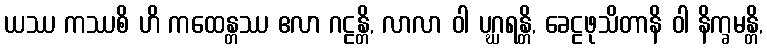
ယဿ ကဿစိ ဟိ ကထေန္တဿ ဧလာ ဂဠန္တိ, လာလာ ဝါ ပဂ္ဃရန္တိ, ခေဠဖုသိတာနိ ဝါ နိက္ခမန္တိ,